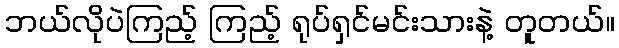
ဘယ်လိုပဲကြည့် ကြည့် ရုပ်ရှင်မင်းသားနဲ့ တူတယ်။